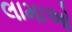
લામાઓ